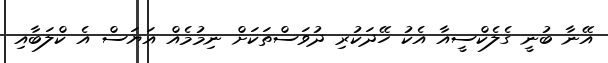
އޭނާ ބުނީ ގެލެކްސީއާ އެކު ހޭދަކުރި ދުވަސްތަކަށް ނިމުމެއް އަޔަސް އެ ކްލަބާއި